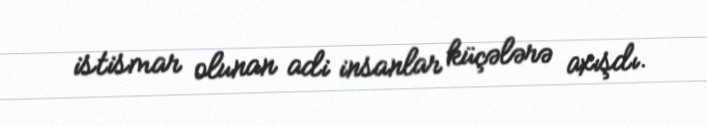
istismar olunan adi insanlar küçələrə axışdı.